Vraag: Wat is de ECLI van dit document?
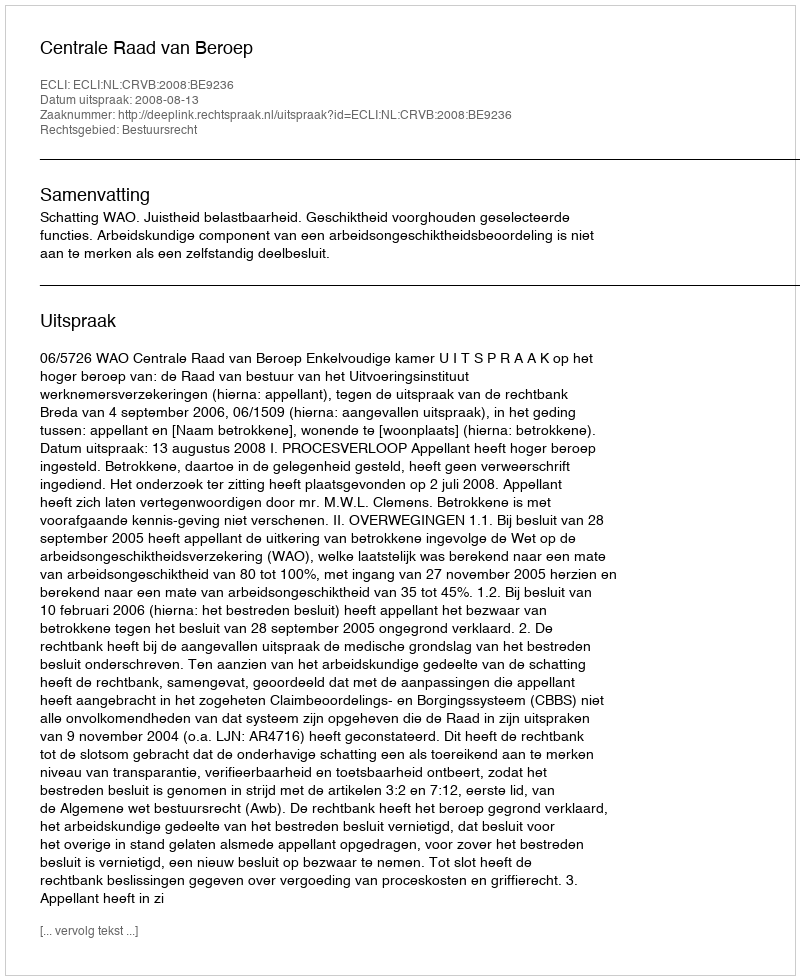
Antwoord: ECLI:NL:CRVB:2008:BE9236